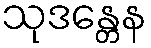
သုဒန္တေန